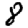
Digit: 8